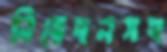
নিবেদনসহ